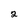
Character: 2